Leaving Certificate Examination, 1913
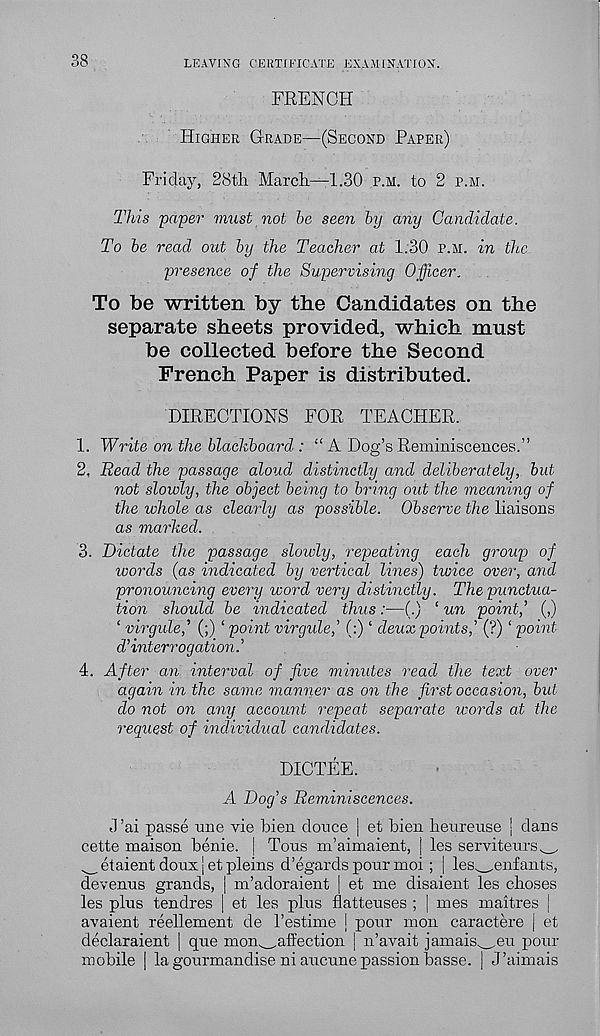
38
LEAVING CERTIFICATE EXAMINATION,
FRENCH
Higher Grade—(Second Paper)
Friday, 28th March—1.30 p.m. to 2 p.m.
This 'paper must not be seen by any Candidate.
To be read out by the Teacher at 1.30 p.m. in the
presence of the Supervising Officer.
To be written by the Candidates on the
separate sheets provided, which must
be collected before the Second
French Paper is distributed.
DIRECTIONS FOR TEACHER.
1. Write on the blackboard : “ A Dog’s Reminiscences.”
2. Read the passage aloud distinctly and deliberately, but
not slowly, the object being to bring out the meaning of
the whole as clearly as possible. Observe the liaisons
as marked.
3. Dictate the passage sloivly, repeating each group of
words (as indicated by vertical lines) twice over, and
pronouncing every word very distinctly. The punctua-
tion should be indicated thus:—(.) ‘ un point,’ (,)
‘ virgulef (;) ‘point virgule,’ (:) ‘ deux points,’ (?) ‘ point
d’interrogation.’
4. After an interval of five minutes read the text over
again in the same manner as on the first occasion, but
do not on any account repeat separate words at the
request of individual candidates.
DICTEE.
A Dog’s Reminiscences.
J’ai passe une vie bien donee | et bien heureuse | dans
cette maison benie, | Tons m’aimaient, | les servitenrs^
etaient doux [ et pleins d’egards pour moi ; | les^enfants,
devenus grands, | m’adoraient | et me disaient les choses
les plus tendres | et les plus flatteuses ; | mes maitres |
avaient reellement de 1’estime ! pour mon caractere | et
declaraient | que mon^affection | n’avait jamais^eu pour
mobile | lagourmandise ni aucunepassionbasse. | J’aimais